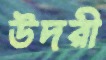
উদরী